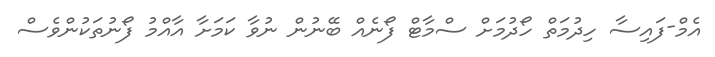
އެމް-ފައިސާ ހިދުމަތް ހޯދުމަށް ސްމާޓް ފޯނެއް ބޭނުން ނުވާ ކަމަށާ އާއްމު ފޯނުތަކުންވެސް